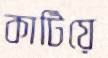
কাটিয়ে